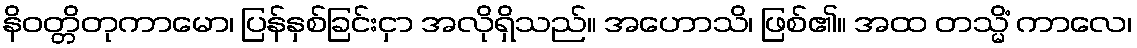
နိဝတ္တိတုကာမော၊ ပြန်နှစ်ခြင်းငှာ အလိုရှိသည်။ အဟောသိ၊ ဖြစ်၏။ အထ တသ္မိံ ကာလေ၊